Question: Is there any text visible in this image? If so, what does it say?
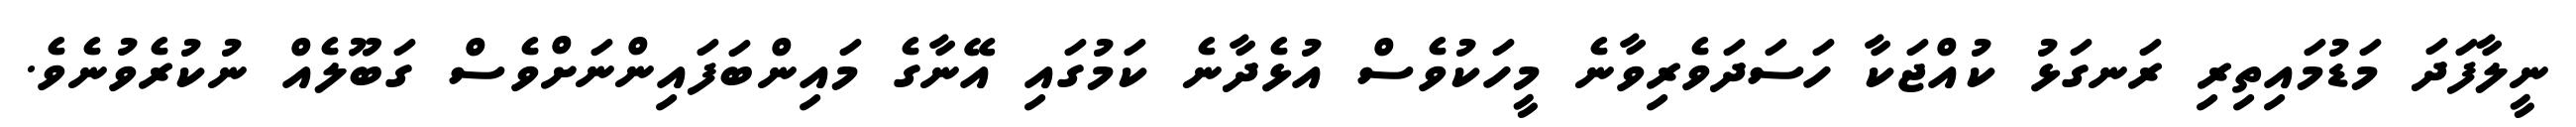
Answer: ނީލާފަދަ މަޑުމައިތިރި ރަނގަޅު ކުއްޖަކާ ހަސަދަވެރިވާނެ މީހަކުވެސް އުޅެދާނެ ކަމުގައި އޭނާގެ މައިންބަފައިންނަށްވެސް ގަބޫލެއް ނުކުރެވުނެވެ.